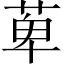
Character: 萆